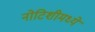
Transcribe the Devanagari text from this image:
नोटिशीमध्ये